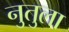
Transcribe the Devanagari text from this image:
नुतुला